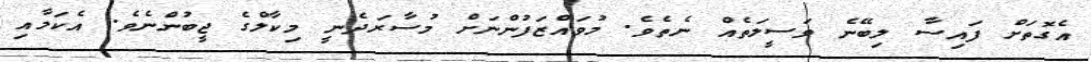
އެގޮތަށް ފައިސާ ލިބޭނެ ވަސީލަތެއް ނެތެވެ. މުވައްޒަފުންނަށް މުސާރަދެނީ މިކާލްގެ ޖީބުންނެވެ. އެކަމާއި